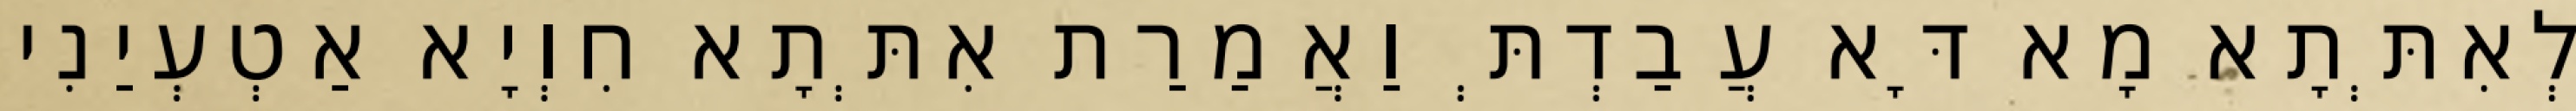
לְאִתְּתָא מָא דָּא עֲבַדְתְּ וַאֲמַרַת אִתְּתָא חִוְיָא אַטְעְיַנִי